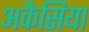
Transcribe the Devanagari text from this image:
अकैसिया